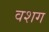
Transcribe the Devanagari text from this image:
वशग